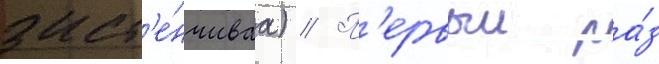
заст'е́нчиваа) // П'ервыи ра́з